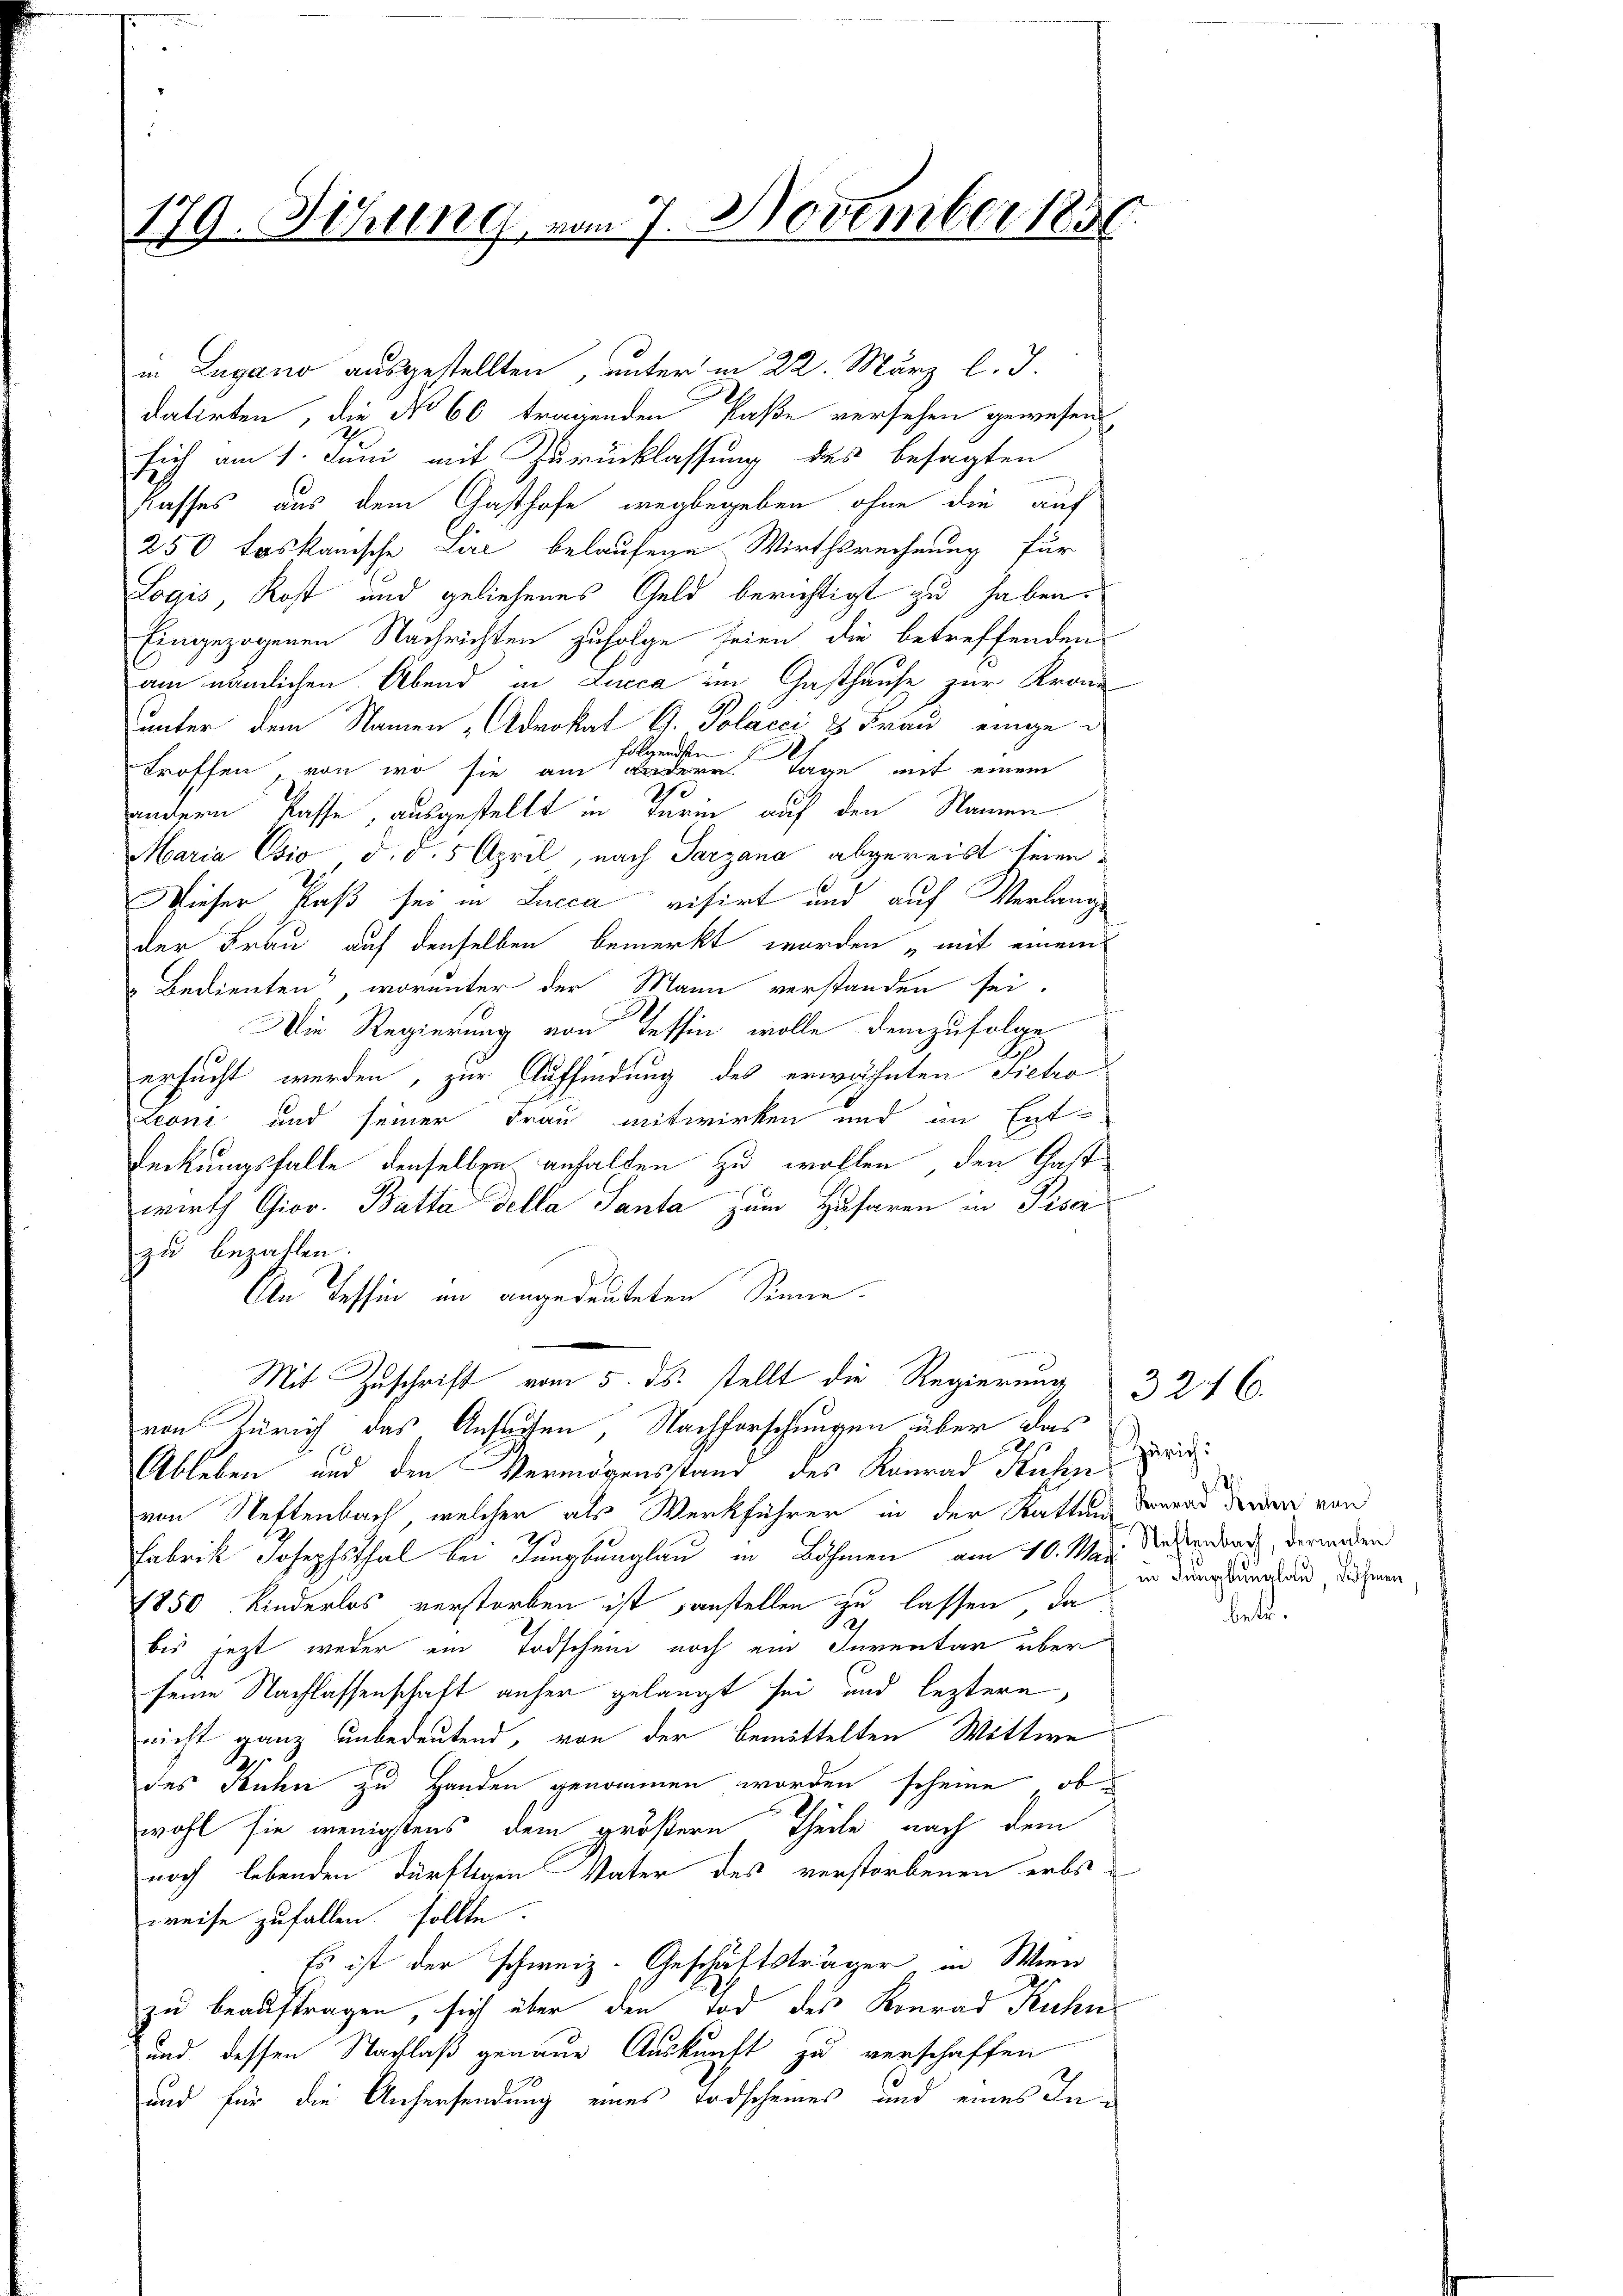
179. Jung, vom 7. November 1850

in Lugano ausgestellten, unter in 22. März l. J.
datirten, die No 60 tragenden Paße versehen gewesen
sich am 1. Juni mit Zurücklassung des besagten
Kasses aus dem Gasthofe wegbegeben ohne die auf
250 toskanische Lire belaufene Wirthsrechnung für
Logis, Kost und geliehenes Geld berichtigt zu haben.
Eingezogenen Nachrichten zufolge seien die betreffenden
am nämlichen Abend in Lucca im Gasthause zur Krone
unter dem Namen „Adrokat G. Polacci 8 Frau einge
folgenden
troffen, von wo sie am andere Tage mit einem
2
andern Pässe, ausgestellt in Turin auf den Namen
Maria Csio d. d. 5 April, nach Tarzana abgereist seien.
Wieser Paß sei in Lucca visirt und auf Verlange
der Frau auf denselben bemerkt worden „mit einem
 Bedienten“, worunter der Mann verstanden sei.
Die Regierung von Tessin wolle demzufolgen
ersucht werden, zur Auffindung des erwähnten Sicho
Leoni und seiner Frau mitwirken und in Ent-
Deckungsfalle denselben anhalten zu wollen, den Gastwirth Gior. Batta della Santa zum Husaren in Piser
zu bezahlen.
An Tessin in angedeuteten Sinne.
Mit Zuschrift vom 5. ds. stellt die Regierung
von Zürich das Ansuchen, Nachforschungen über das

Ableben und den Vermögensstand des Konrad Ruhen
von Neftenbach, welcher als Werkführer in der Kattung derend der der von
Fabrik Josephsthal bei Tungbunglau in Böhmen am 10. May. Neuenbach, derenden
1850 Kinderlos verstorben ist sanstellen zu lassen, da
bis jetzt weder ein Todschen noch ein Inventar über
seine Nachlassenschaft anher gelangt sei, und leztere
nicht ganz unbedeutend, von der bemittelten Wittwe
des Kuhn zu Handen genommen worden scheine, ob
wohl sie wenigstens dem größern Theile nach dem
noch lebenden dürftigen Vater des verstorbenen erbsweise zufallen sollte.
Es ist der schweiz. Geschäftsträger in Wien
zu beauftragen, sich über den Tod des Konrad Kuhn
und dessen Nachlaß genaue Auskunft zu verschaffen
und für die Anhersendung eines Todscheines und eines In¬

Zürich:
in Sanglunglau, Böhmen

3246.

bete